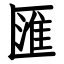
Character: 匯